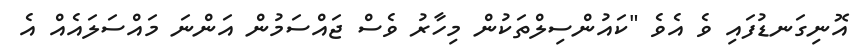
އޮނިގަނޑުފައި ވެ އެވެ "ކައުންސިލްތަކުން މިހާރު ވެސް ޖައްސަމުން އަންނަ މައްސަލައެއް އެ